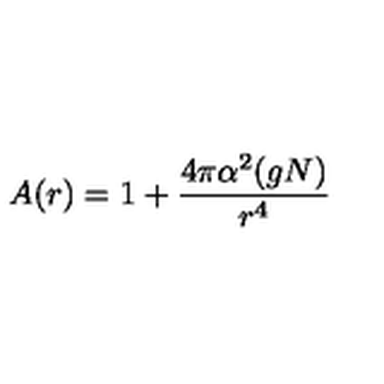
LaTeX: A ( r ) = 1 + { \frac { 4 \pi \alpha ^ { 2 } ( g N ) } { r ^ { 4 } } }